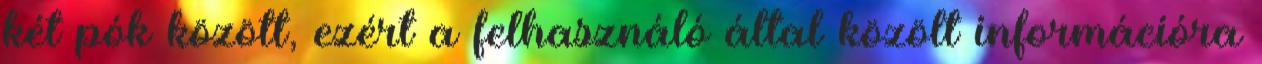
két pók között, ezért a felhasználó által közölt információra